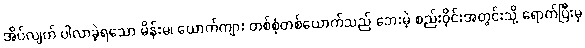
အိပ်လျက် ပါလာခဲ့ရသော မိန်းမ၊ ယောက်ကျား တစ်စုံတစ်ယောက်သည် ဘေးမဲ့ စည်းဝိုင်းအတွင်းသို့ ရောက်ပြီးမှ